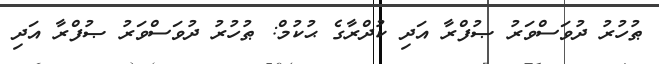
ޠުހުރު ދުވަސްވަރު ޞުފްރާ އަދި ކުދްރާގެ ޙުކުމް: ޠުހުރު ދުވަސްވަރު ޞުފްރާ އަދި